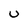
Character: U